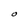
Character: O